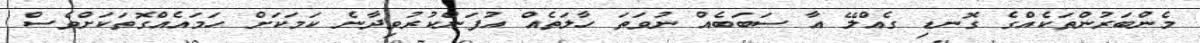
މެންބަރުންތަކެއްގެ ގޮނޑި ގެއްލޭ އާ ސަބަބެއް ނުވަތަ ހާލަތެއް އުފަންކުރުވިދާނެ ކަމަކަށް ހަމައެއްގޮތަކަށްވެސް